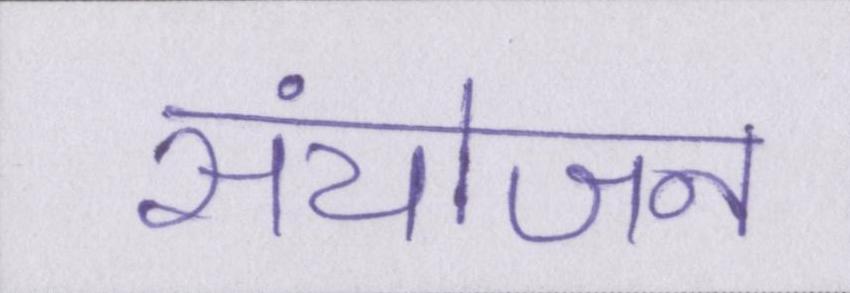
संयोजन